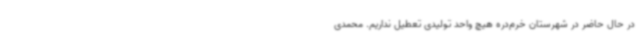
در حال حاضر در شهرستان خرم‌دره هیچ واحد تولیدی تعطیل نداریم. محمدی